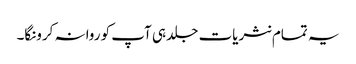
یہ تمام نثریات جلد ہی آپ کو روانہ کرونگا۔